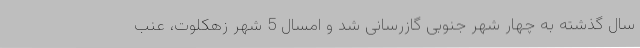
سال گذشته به چهار شهر جنوبی گازرسانی شد و امسال 5 شهر زهکلوت، عنب